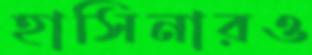
হাসিনারও